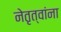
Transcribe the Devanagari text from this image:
नेतृत्वांना